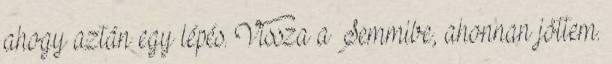
ahogy aztán egy lépés. Vissza a Semmibe, ahonnan jöttem.